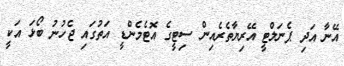
އޭނާ އަދި ޕެނަލްޓީ އޭރިޔާތެރެއިން ސިޓީގެ އޮޓެމެންޑީ އަތުގައި ޖެހުނު ބޯޅަ އަކީ